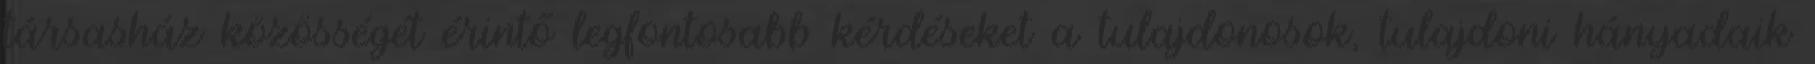
társasház közösségét érintő legfontosabb kérdéseket a tulajdonosok, tulajdoni hányadaik